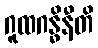
ဂူထဂန္ဓိနီတိ